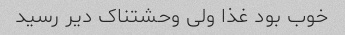
خوب بود غذا ولی وحشتناک دیر رسید